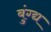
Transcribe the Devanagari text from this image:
बुंग्द्य